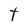
Character: t